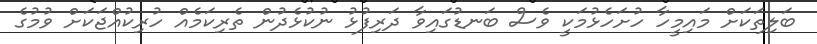
ބަލިތަކަށް މައިމީހާ ހުށަހެޅުމަކީ ވެސް ބަނޑުގައިވާ ދަރިފުޅު ނުކުޅެދުން ތެރިކަމެއް ހުރިކުއްޖަކަށް ވުމުގެ